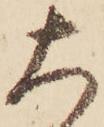
大